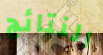
النتائج